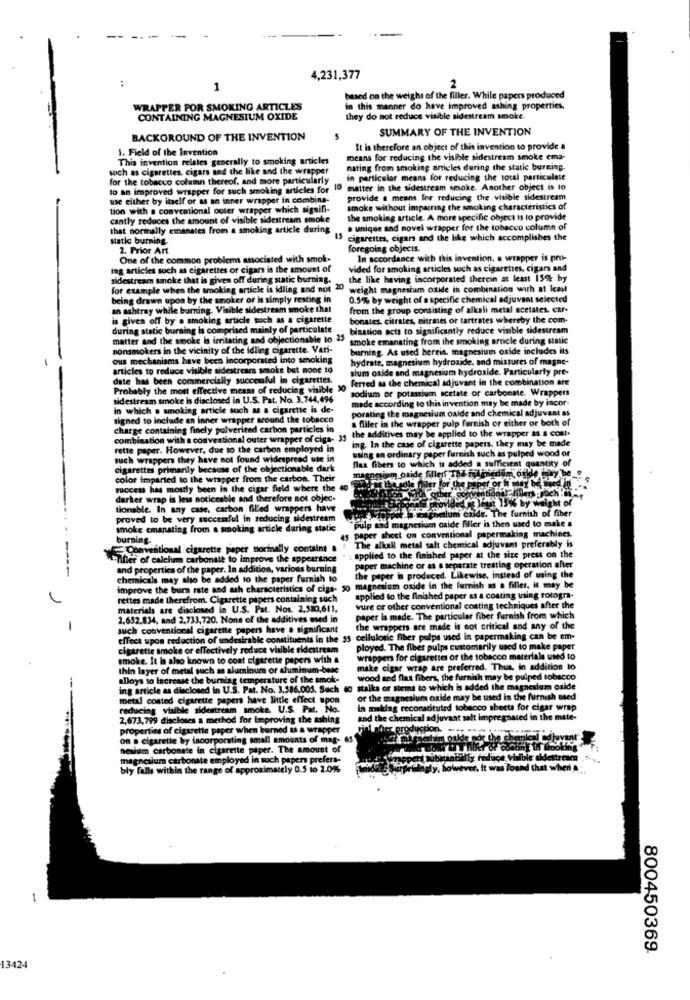
4,231,377
1
2
based on the weight of the filler. While papers produced
WRAPPER POR SMOKING ARTICLES
in this manner do have improved ashing properties,
CONTAINING MAGNESIUM OXIDE
they do not reduce visible sidestream smoke.
SUMMARY OF THE INVENTION
BACKGROUND OF THE INVENTION
1. Field of the Invention
It is therefore an object of this invention to provide a
This invention relates generally to smoking articles
means for reducing the visible sidestream smoke ema-
such as cigarettes, cigars and the like and the wrapper
nating from smoking articles during the static burning.
for the tobacco column thereof, and more particularly
in particular means for reducing the total particulate
to an improved wrapper for such smoking articles for
10 matter in the sidestream smoke. Another object is to
use either by itself or as an inner wrapper in combina-
provide a means for reducing the visible sidestream
tion with a conventional outer wrapper which signifi-
smoke without impairing the smoking characteristics of
cantly reduces the amount of visible sidestream smoke
the smoking article. A more specific object is to provide
that normally emanates from a smoking article during
unique and novel wrapper for the tobacco column of
static burning-
cigarettes, cigars and the like which accomplishes the
2. Prior Art
foregoing objects.
One of the common problems associated with smok-
In accordance with this invention. a wrapper is pro-
ing articles such as cigarettes or cigars is the amount of
vided for smoking articles such as cigarettes, cigars and
sidestream sinoke that is given off during static burning.
the like having incorporated therein at least 15% by
for example when the smoking article is idling and not " weight magnesium oxide in combination with at least
being drawn upon by the smoker or is simply resting in
0.5% by weight of a specific chemical adjuvant selected
an ashtray while burning. Visible sidestream smoke that
from the group consisting of alkali metal acetates. car-
is given off by a smoking article such as a cigarette
bonates, citrates, nitrates or tartrates whereby the com-
during static burning is comprised mainly of particulate
bination acts to significantly reduce visible sidestream
matter and the smoke is imitating and objectionable to 23
smoke emanating from the smoking article during statie
nonsmokers in the vicinity of the idling cigarette. Vari-
burning. As used hereis, magnesium oxide includes its
ous mechanisms have been incorporated into smoking
hydrate, magnesium hydroxide. and mistures of magne-
articles to reduce visible sidestream smoke but mone to
sium oxide and magnesium hydroxide. Particularly pre-
date has been commercially successful in cigarettes.
ferred as the chemical adjuvant in the combination are
Probably the most effective means of reducing visible
sodium or potassium acetate or carbonate. Wrappers
sidestream smoke Is disclosed in U.S. Pat. No. 3.744,496
made according to this invention may be made by incor-
In which . smoking article such as a cigarette is de-
porating the magnesium oxide and chemical adjuvant as
signed to include an inner wrapper around the tobacco
a fliler in the wrapper pulp furnish or either or both of
charge containing finely pulverized carbon particles in
the additives may be applied to the wrapper as a cost.
combination with a conventional outer wrapper of cigs- 35
ing. In the case of cigarette papers. they may be made
rette paper. However, due to the carbon employed in
using an ordinary paper furnish such as pulped wood or
such wrappers they have not found widespread ute in
cigarettes primarily because of the objectionable dark
flas fibers to which is added a sufficient quantity of
color imparted to the wrapper from the carbon. Their
magnesium oxide fillenf THA ihnena , oilde any be-
success has mostly been in the cigar field where the 40
For thesole Aler for the paper
darker wrap is less noticeable and therefore not objec.
tionable. In any case, carbon filled wrappers have
meghalum oxide. The furnish of fiber
c )et 15% by weight of
proved to be very successful in reducing sidestream
p aad magnesium oxide filler is then used to make a
smoke emanating from a smoking article during static
paper sheet on conventional papermaking machines.
as machines.
burning-
The alkall metal salt chemical adjuvant preferably is
Conventional cigarette paper normally contains
vant preferably is
Tifler of calcium carbonate to improve the appearance
applied to the finished paper at the size press on the
and properties of the paper. In addition, various burning
paper machine or as a separate treating operation after
---
chemicals may also be added to the paper furnish to
the paper is produced. Likewise, instead of using the
improve the bur rate and mush characteristics of ciga-
rettes made therefrom. Cigarette papers containing such
applied to the finished paper as a costing using fotogra-
materials are disclosed in U.S. Pat. Nos. 2,580,611,
vure or other conventional coating techniques after the
2.652.834, and 2,733,720. None of the additives used in
paper la made. The particular fiber furnish from which
-
such conventional cigarette papers have a significant
the wrappers are made in eot critical and any of the
effect upon reduction of undesirable constituents in the 55 cellulose fiber pulps used in papermaking can be em-
cigarette smoke or effectively reduce visible eldestream
ployed. The fiber pulps customarily used to make paper
smoke. It is also known to coat cigarette papers with &
wrappers for cigarettes or the tobacco materials used to
thin layer of metal such as aluminum or aluminum-bete
make cigar wrap are preferred. Thus, in addition to
alloys to Increase the burning temperature of the smok-
wood and flax fibers, the furnish may be puiped tobacco
ing article as disclosed in U.S. Pat. No. 3,586,005, Such 40
stalks or stems to which is added the magnesium oxide
Im oxide
metal coated cigarette papers have little effect upon
of the magnesium oxide may be used in the fu
hash used
reducing visible sidestream smoke. U.S. Pat. No.
In making reconstituted tobacco sheets for cigar wrap
2,673,799 discloses a method for improving the ashing
and the chemical adjuvant salt impregnated in the mate-
properties of cigarette paper when burned as a wrapper
production.
on a cigarette by facorporating small amounts of mag-
nesium carbonate in cigarette paper. The amount of
magnesium carbonate employed in such papers prefers-
bly falls within the range of approximately 0.5 to 2.0%%
haly, however, It was Tound that when A
800450369
13424